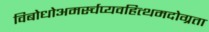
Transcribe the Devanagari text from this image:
विबोधोअमर्स्चप्यवहित्थमदोग्रता